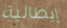
إيطالية